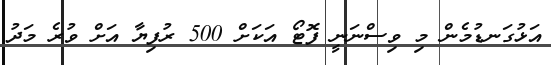
އަޅުގަނޑުމެން މި ވިސްނަނީ ފޮޓޯ އަކަށް 500 ރުފިޔާ އަށް ވުރެ މަދު